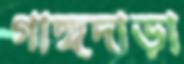
গাঙ্গদাড়া